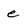
Character: e